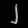
Digit: ၂